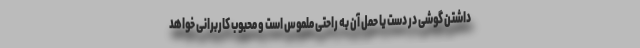
داشتن گوشی در دست یا حمل آن به راحتی ملموس است و محبوب کاربرانی خواهد